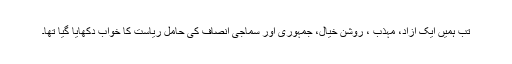
تب ہمیں ایک آزاد، مہذب ، روشن خیال، جمہوری اور سماجی انصاف کی حامل ریاست کا خواب دکھایا گیا تھا۔